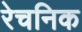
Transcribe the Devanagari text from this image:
रेचनिक